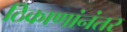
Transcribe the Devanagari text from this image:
ठिकाणांनंतर